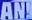
AN